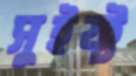
সুইফ্ট